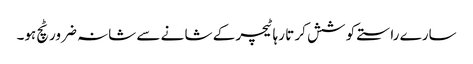
سارے راستے کو شش کر تا رہا ٹیچر کے شا نے سے شانہ ضرور ٹچ ہو۔